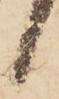
候